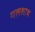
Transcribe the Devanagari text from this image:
गलशाथ